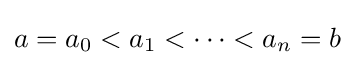
a=a_{0}<a_{1}<\dots <a_{n}=b